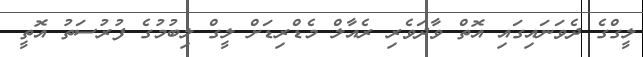
ލީގްގެ ދެވަނައިގައި އޮތް ވާދަވެރި ރެއާލް މެޑްރިޑަށް ލީގް ލިބުމުގެ ފުރުސަތު އޮތީ